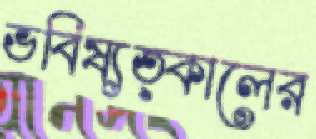
ভবিষ্যত্কালের